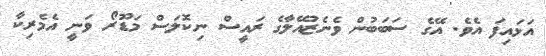
އަޅައިފަ އެވެ. އޭގެ ސަބަބުން ވެނެޒުއޭލާގެ ރައީސް ނިކޮލަސް މަޑޫރޯ ވަނީ އެމެރިކާ